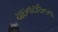
ચાઇનાટાઉનના